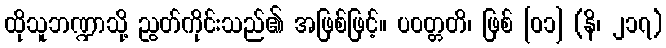
ထိုသူဘဏ္ဍာသို့ ညွတ်ကိုင်းသည်၏ အဖြစ်ဖြင့်။ ပဝတ္တတိ၊ ဖြစ် [၀၁] (နိ၊ ၂၁၇)